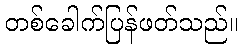
တစ်ခေါက်ပြန်ဖတ်သည်။